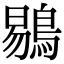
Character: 鶍